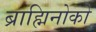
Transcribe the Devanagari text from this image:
ब्राह्मिनोको